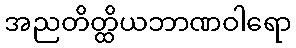
အညတိတ္ထိယဘာဏဝါရော